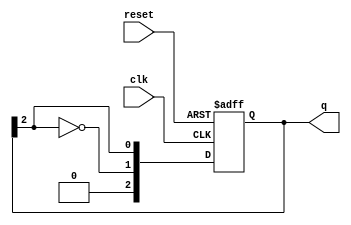
module johnson_counter #(
    parameter N = 3  // Number of flip-flops
)(
    input wire clk,       // Clock signal
    input wire reset,     // Asynchronous reset
    output reg [N-1:0] q  // Output state of the counter
);

    always @(posedge clk or posedge reset) begin
        if (reset) begin
            q <= 0;  // Reset the counter to 0
        end else begin
            // Shift the state and feedback the inverted last flip-flop
            q <= {~q[N-1], q[N-1:N-1]}; // Shift and feedback
        end
    end

endmodule